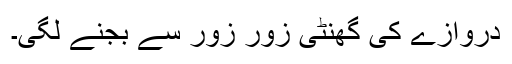
دروازے کی گھنٹی زور زور سے بجنے لگی۔